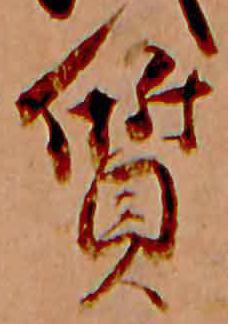
質